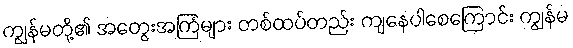
ကျွန်မတို့၏ အတွေးအကြံများ တစ်ထပ်တည်း ကျနေပါစေကြောင်း ကျွန်မ